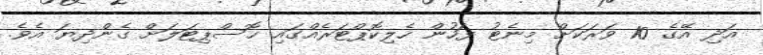
އަދި އޭގެ 10 ވަރަކަށް މިނެޓު ފަހުން ހެލިކޮޕްޓަރެއްގައި ހޮސްޕިޓަލަށް ގެންދިޔަ އެވެ.